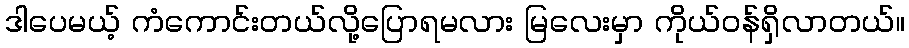
ဒါပေမယ့် ကံကောင်းတယ်လို့ပြောရမလား မြလေးမှာ ကိုယ်ဝန်ရှိလာတယ်။